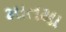
માતમા